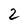
Character: 2